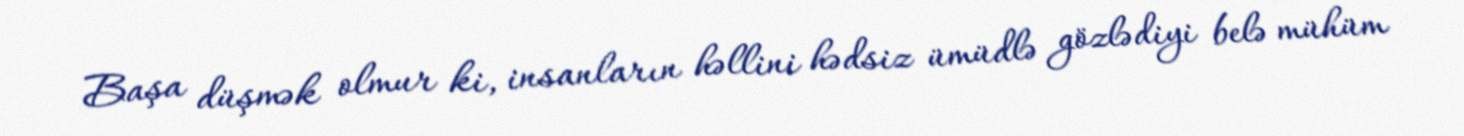
Başa düşmək olmur ki, insanların həllini hədsiz ümüdlə gözlədiyi belə mühüm